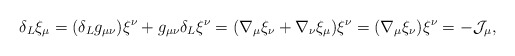
\begin{align*}\delta_{L} \xi_{\mu} = (\delta_{L} g_{\mu\nu}) \xi^{\nu} +g_{\mu\nu} \delta_{L} \xi^{\nu} = (\nabla_{\mu} \xi_{\nu} +\nabla_{\nu} \xi_{\mu}) \xi^{\nu} = (\nabla_{\mu} \xi_{\nu})\xi^{\nu} = - {\cal J}_{\mu},\end{align*}